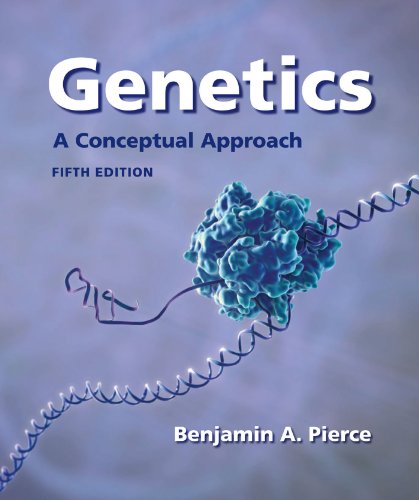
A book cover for Genetics: A Conceptual Approach, 5th Edition; Benjamin A. Pierce; Medical Books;